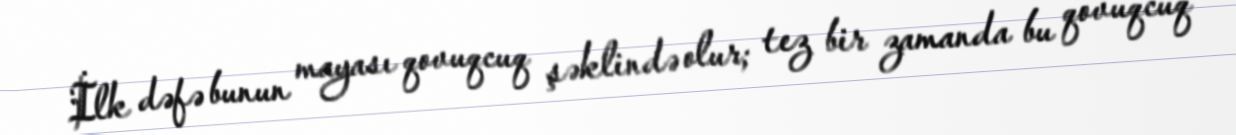
İlk dəfə bunun mayası qovuqcuq şəklində olur; tez bir zamanda bu qovuqcuq